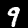
Label: 9